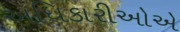
અધિકારીઓએ